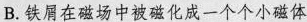
B.铁屑在磁场中被磁化成一个个小磁体